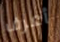
أعرف